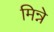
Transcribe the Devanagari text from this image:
मिन्ने